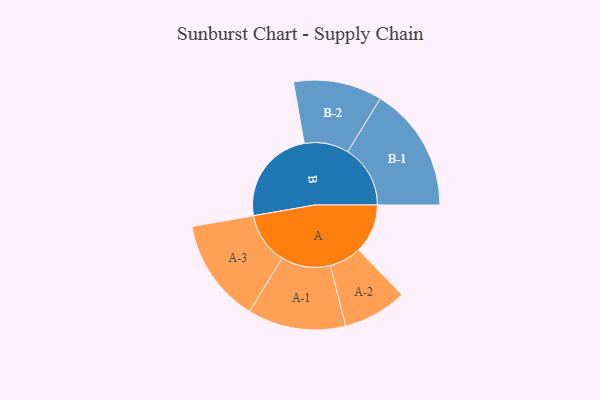
{"axis": {"x": "Segment", "y": "Value"}, "legend": ["", "A", "B"], "data": [{"x": "A", "y": 229, "type": ""}, {"x": "B", "y": 449, "type": ""}, {"x": "A-1", "y": 229, "type": "A"}, {"x": "A-2", "y": 149, "type": "A"}, {"x": "A-3", "y": 242, "type": "A"}, {"x": "B-1", "y": 292, "type": "B"}, {"x": "B-2", "y": 207, "type": "B"}]}